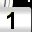
Digit: 1